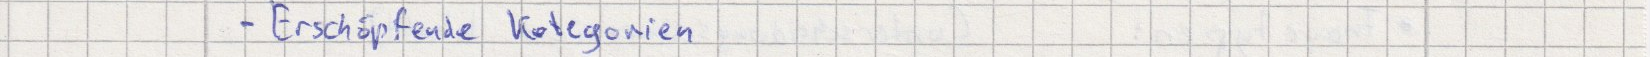
- Erschöpfende Kategorien